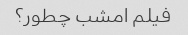
فیلم امشب چطور؟